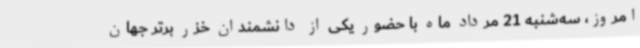
امروز، سه‌شنبه 21 مرداد ماه با حضور یکی از دانشمندان خزر برتر جهان